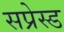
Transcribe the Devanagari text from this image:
सप्रेस्ड